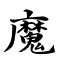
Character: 魔